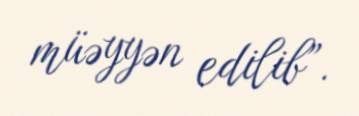
müəyyən edilib”.